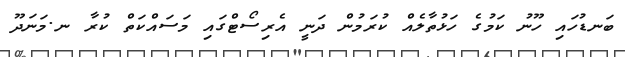
ބަނޑުހައި ހޫނު ކަމުގެ ހަޅުތާލެއް ކުރަމުން ދަނީ އެރިސޯޓްގައި މަސައްކަތް ކުރާ ނ.މަނަދޫ